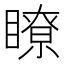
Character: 瞭